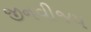
જીનવીજય